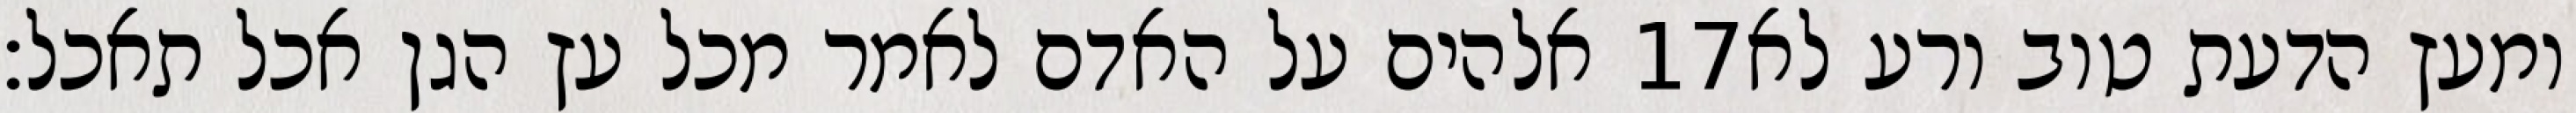
אלהים על האדם לאמר מכל עץ הגן אכל תאכל׃ ‎17‏ ומעץ הדעת טוב ורע לא